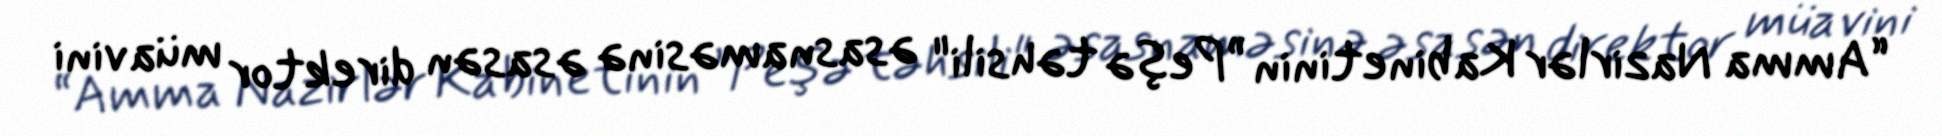
“Amma Nazirlər Kabinetinin ”Peşə təhsili" əsasnaməsinə əsasən direktor müavini